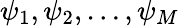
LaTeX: \mathbf{\psi}_{1},\mathbf{\psi}_{2},\dots,\mathbf{\psi}_{M}